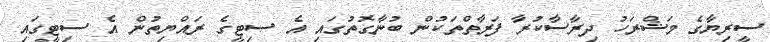
ސީރިޔާގެ މަޝްރަހު ދިރާސާކުރާ ފަރާތްތަކުން ބުނާގޮތުގައި އެ ސިޓީގެ ރައްޔިތުން އެ ސިޓީގައި